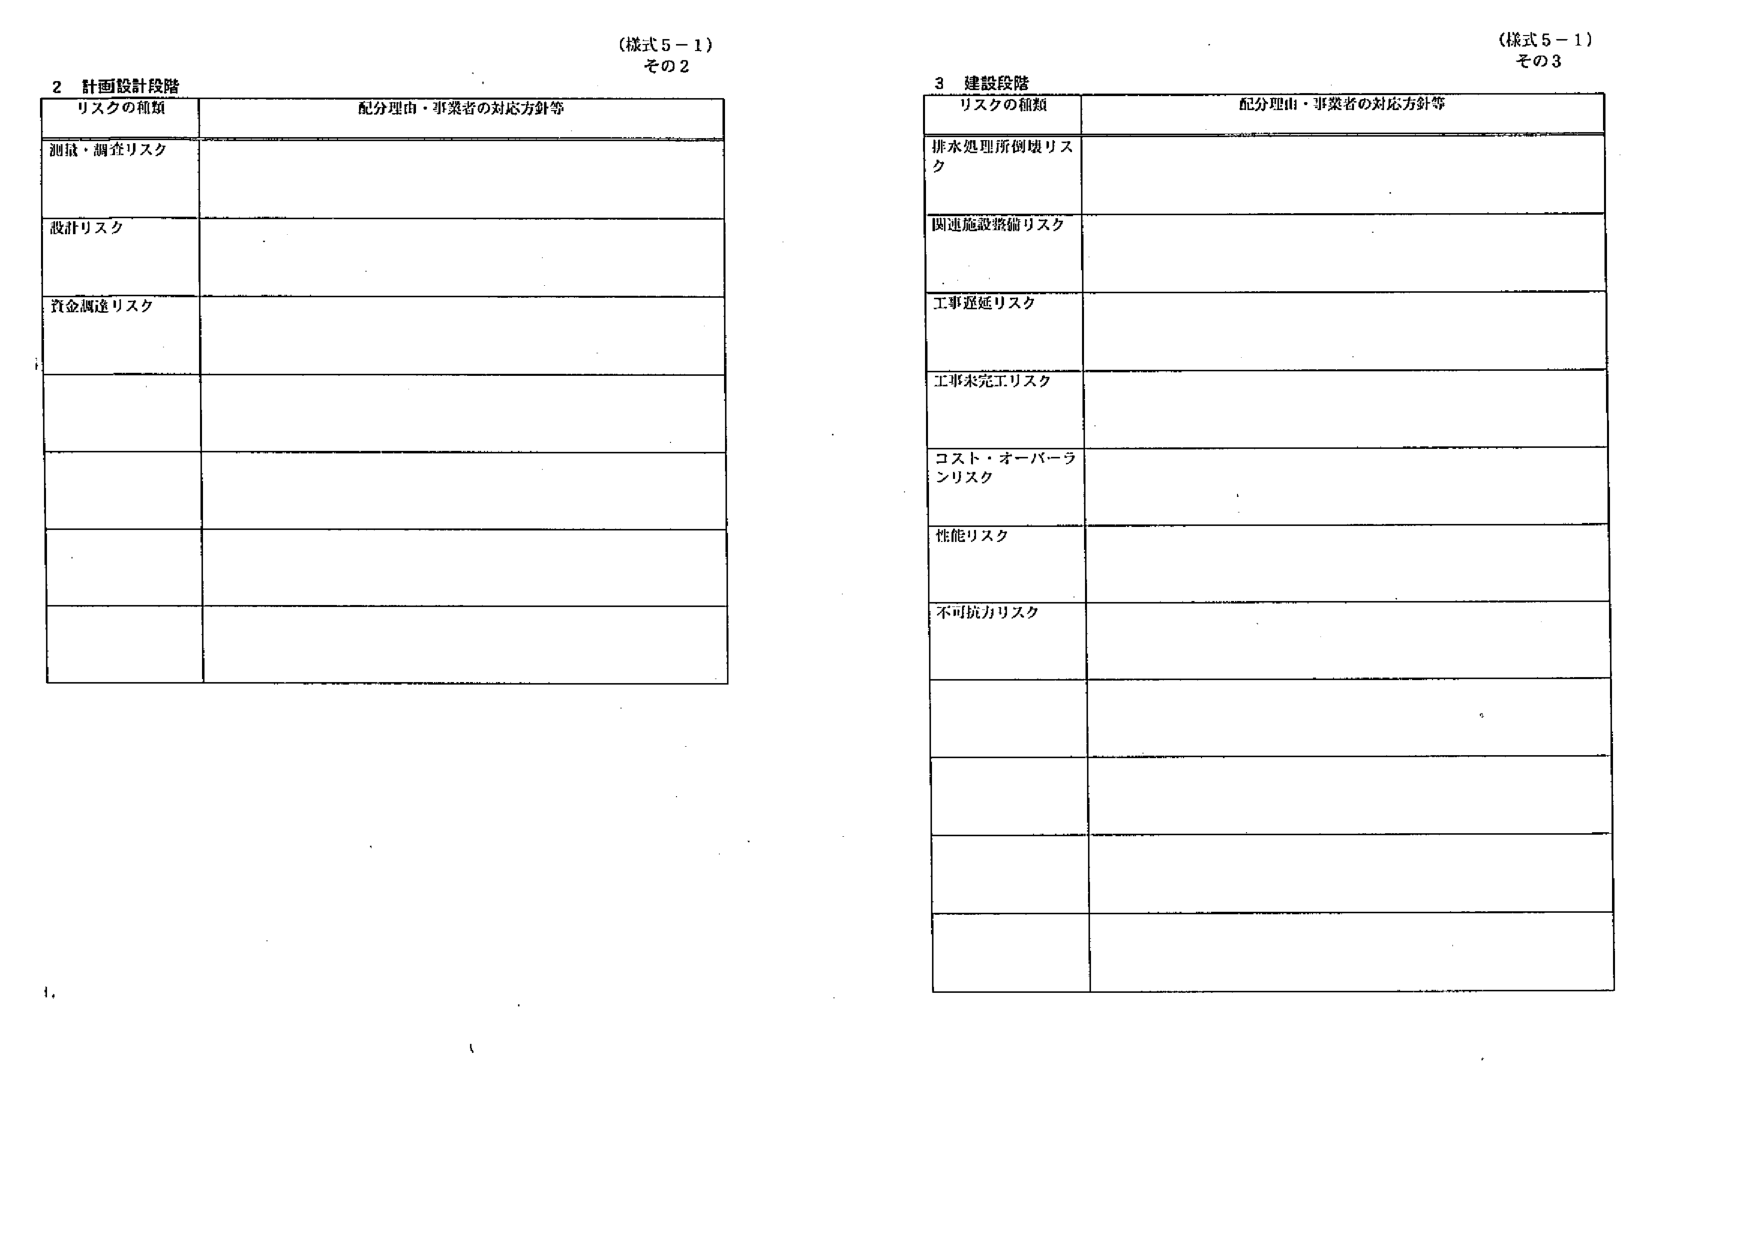
(様式5-1)
その2

2 計画設計段階
リスクの種類 配分理由・事業者の対応方針等
測量・調査リスク
設計リスク
資金調達リスク

(様式5-1)
その3

3 建設段階
リスクの種類 配分理由・事業者の対応方針等
排水処理所倒壊リスク
関連施設整備リスク
工事遅延リスク
工事未完工リスク
コスト・オーバーランリスク
性能リスク
不可抗力リスク